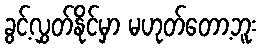
ခွင့်လွှတ်နိုင်မှာ မဟုတ်တော့ဘူး